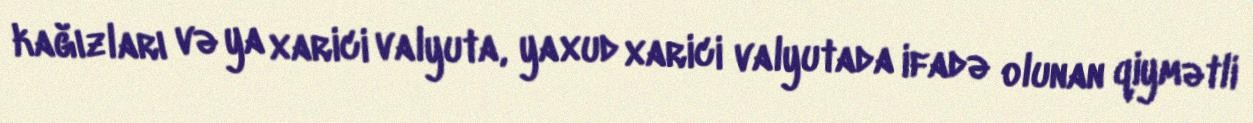
kağızları və ya xarici valyuta, yaxud xarici valyutada ifadə olunan qiymətli